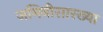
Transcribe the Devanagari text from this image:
जमिनीसारख्या